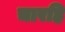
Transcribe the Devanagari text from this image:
चारहि